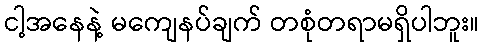
ငါ့အနေနဲ့ မကျေနပ်ချက် တစုံတရာမရှိပါဘူး။